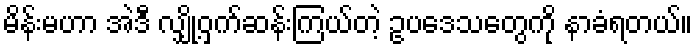
မိန်းမဟာ အဲဒီ လျှို့ဝှက်ဆန်းကြယ်တဲ့ ဥပဒေသတွေကို နာခံရတယ်။